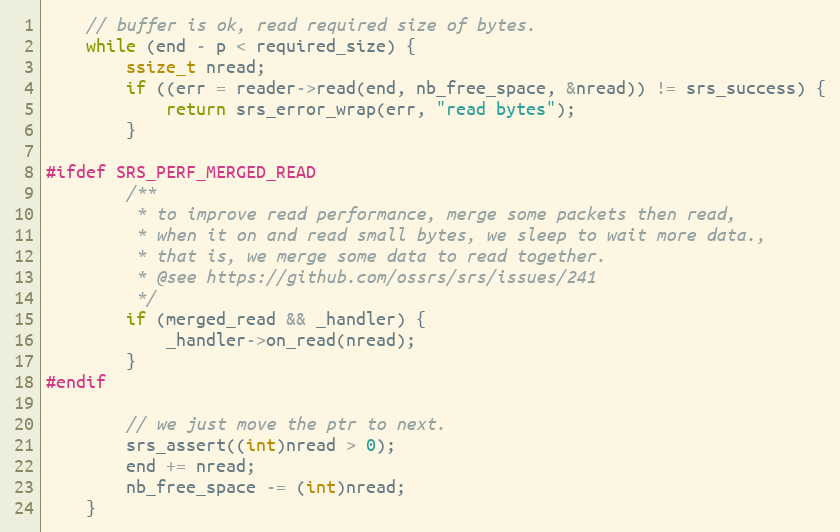
Language: C++
    // buffer is ok, read required size of bytes.
    while (end - p < required_size) {
        ssize_t nread;
        if ((err = reader->read(end, nb_free_space, &nread)) != srs_success) {
            return srs_error_wrap(err, "read bytes");
        }

#ifdef SRS_PERF_MERGED_READ
        /**
         * to improve read performance, merge some packets then read,
         * when it on and read small bytes, we sleep to wait more data.,
         * that is, we merge some data to read together.
         * @see https://github.com/ossrs/srs/issues/241
         */
        if (merged_read && _handler) {
            _handler->on_read(nread);
        }
#endif

        // we just move the ptr to next.
        srs_assert((int)nread > 0);
        end += nread;
        nb_free_space -= (int)nread;
    }